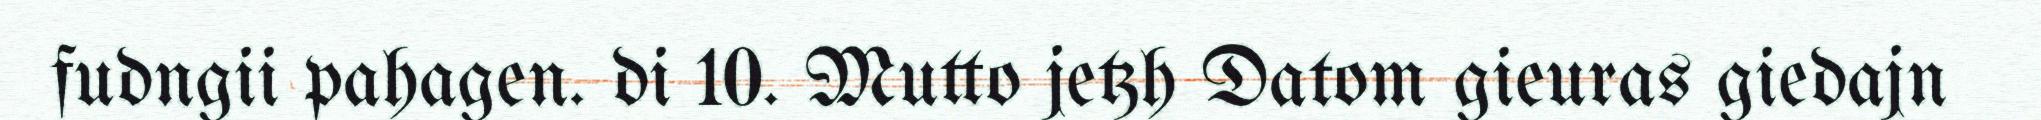
fudngii pahagen. di 10. Mutto jetzh Datom gieuras giedajn